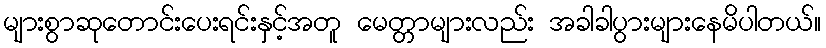
များစွာဆုတောင်းပေးရင်းနှင့်အတူ မေတ္တာများလည်း အခါခါပွားများနေမိပါတယ်။